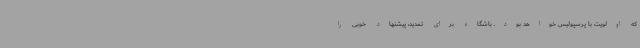
که اولویت با پرسپولیس خواهد بود. باشگاه برای تمدید، پیشنهاد خوبی را